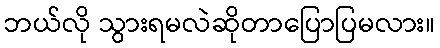
ဘယ်လို သွားရမလဲဆိုတာပြောပြမလား။